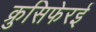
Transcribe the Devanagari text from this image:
क्रुसिफेरई